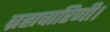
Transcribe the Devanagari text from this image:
ब्रह्मचारिणी।